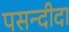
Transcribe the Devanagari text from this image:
पसन्‍दीदा